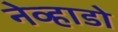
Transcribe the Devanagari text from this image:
नेव्हाडो